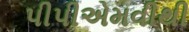
પીપીએમવીથી